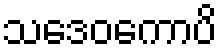
သဒေဝကောပိ